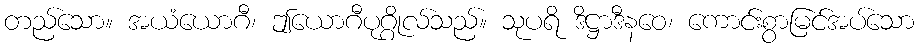
တည်သော။ အယံယောဂီ၊ ဤယောဂီပုဂ္ဂိုလ်သည်။ သုပရိ ဒိဋ္ဌာဒီနဝေ၊ ကောင်းစွာမြင်အပ်သော